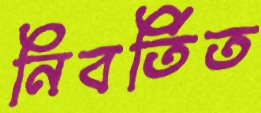
নিবর্তিত